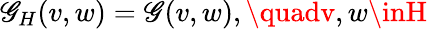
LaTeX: \mathscr{G}_{H}(v,w)=\mathscr{G}(v,w),\quadv,w\inH